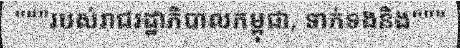
"""របស់រាជរដ្ឋាភិបាលកម្ពុជា, ទាក់ទងនិង"""